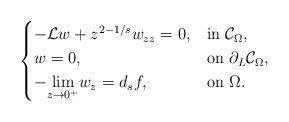
LaTeX: \begin{align*}\begin{cases}-\mathcal{L}w+z^{2-1/s}w_{zz}=0,&\hbox{in}~\mathcal{C}_{\Omega},\\w=0,&\hbox{on}~\partial_{L}\mathcal{C}_{\Omega},\\-\underset{z\rightarrow0^{+}}{\lim}w_z=d_sf,&\hbox{on}~\Omega.\end{cases}\end{align*}